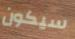
سيكون